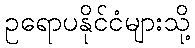
ဥရောပနိုင်ငံများသို့